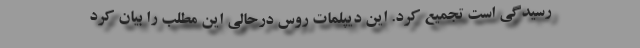
رسیدگی است تجمیع کرد. این دیپلمات روس درحالی این مطلب را بیان کرد